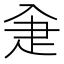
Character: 𤴘